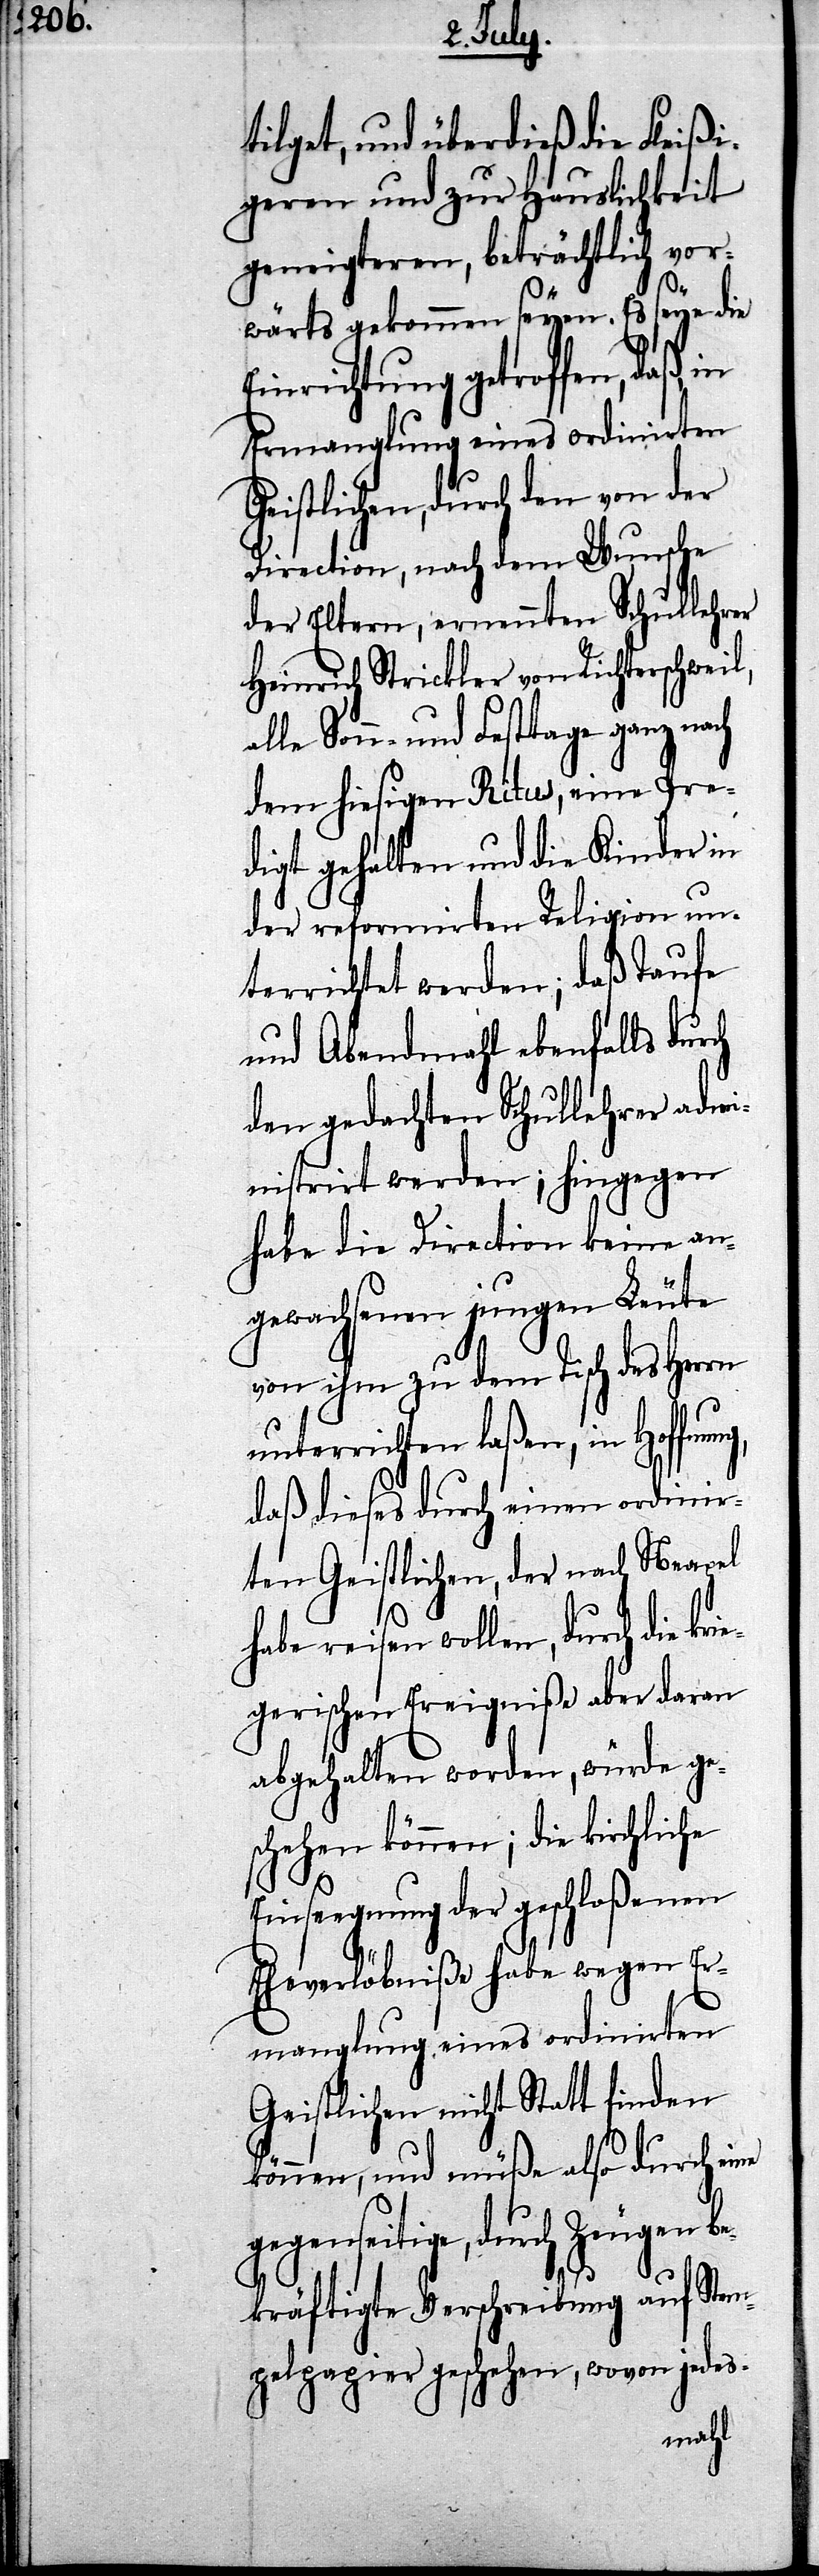
tilgt, und überdieß die Fleißi¬
geren und zur Hauslichkeit
geneigteren, beträchtlich vor¬
wärts gekommen seyen. Es seye die
Einrichtung getroffen, daß,
Ermanglung eines ordinirten
Geistlichen, durch den von der
Direction, nach dem Wunsche
der Eltern, ernennten Schullehrer
Heinrich Strickler von Richterschweil,
Sonn- und Festtage ganz nach
dem hiesigen Ritus, eine Pre¬
digt gehalten und die Kinder in
der reformirten Religion un¬
terrichtet werden; da Taufe
und Abendmahl ebenfalls dur¬
den gedachten Schullehrer dami¬
nistrirt werden; hingegen
habe die Direction keine an¬
gewachsenen jungen Leute
von ihm zu dem Tisch des Herrn
unterrichten laßen, in Hoffnung,
daß dieses durch einen ordinir¬
ten Geistlichen, der nach Neapel
habe reisen wollen, durch die kri¬
egerischen Ereigniße aber daran
abgehalten worden, würde ge¬
schehen können; die kirchliche
Einseegnung der geschloßenen
Eheverlöbniße habe wegen Er¬
manglung eines ordinirten
Geistlichen nicht Statt finden
können, und müße also durch eine
gegenseitige, durch Zeugen be¬
kräftigte Verschreibung auf Stem¬
pelpapier geschehen, wovon jedes-
ch